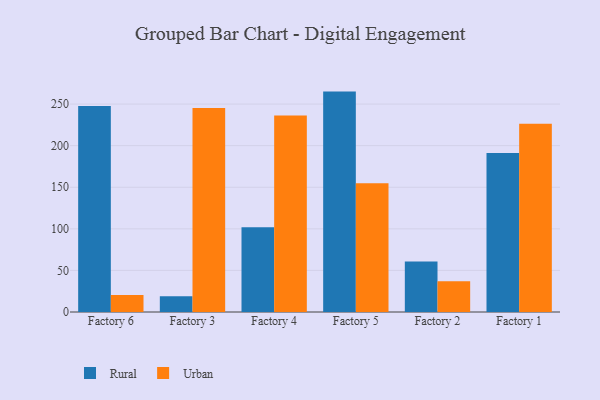
{"axis": {"x": "Factory", "y": "Customer Acquisition Cost (USD)"}, "legend": ["Rural", "Urban"], "data": [{"x": "Factory 6", "y": 247.7, "type": "Rural"}, {"x": "Factory 6", "y": 20.5, "type": "Urban"}, {"x": "Factory 3", "y": 18.9, "type": "Rural"}, {"x": "Factory 3", "y": 245.3, "type": "Urban"}, {"x": "Factory 4", "y": 101.9, "type": "Rural"}, {"x": "Factory 4", "y": 236.3, "type": "Urban"}, {"x": "Factory 5", "y": 265.0, "type": "Rural"}, {"x": "Factory 5", "y": 154.7, "type": "Urban"}, {"x": "Factory 2", "y": 60.6, "type": "Rural"}, {"x": "Factory 2", "y": 37.1, "type": "Urban"}, {"x": "Factory 1", "y": 191.2, "type": "Rural"}, {"x": "Factory 1", "y": 226.3, "type": "Urban"}]}